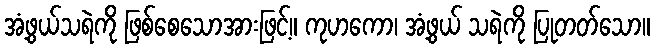
အံ့ဖွယ်သရဲကို ဖြစ်စေသောအားဖြင့်။ ကုဟကော၊ အံ့ဖွယ် သရဲကို ပြုတတ်သော။